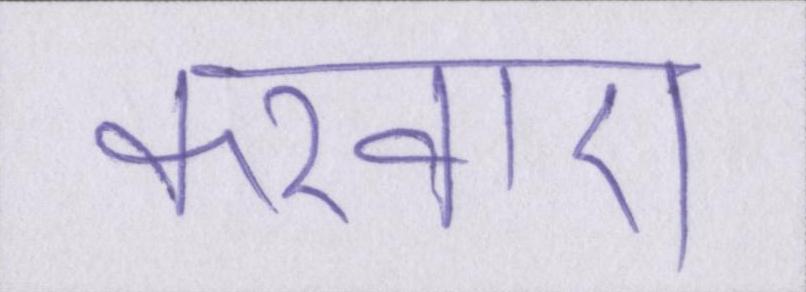
करवाए